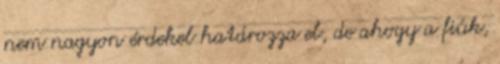
nem nagyon érdekel határozza el, de ahogy a fiúk,